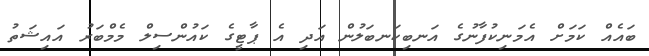
ބައެއް ކަމަށް އެމަނިކުފާނުގެ އަނބިކަނބަލުން އަދި އެ ޕާޓީގެ ކައުންސިލް މެމްބަރު އައިޝަތު